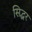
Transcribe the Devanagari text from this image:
सिद्धर